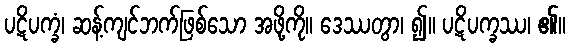
ပဋိပက္ခံ၊ ဆန့်ကျင်ဘက်ဖြစ်သော အဖို့ကို။ ဒေဿတွာ၊ ၍။ ပဋိပက္ခဿ၊ ၏။